Annual report of the Imperial Bacteriologist
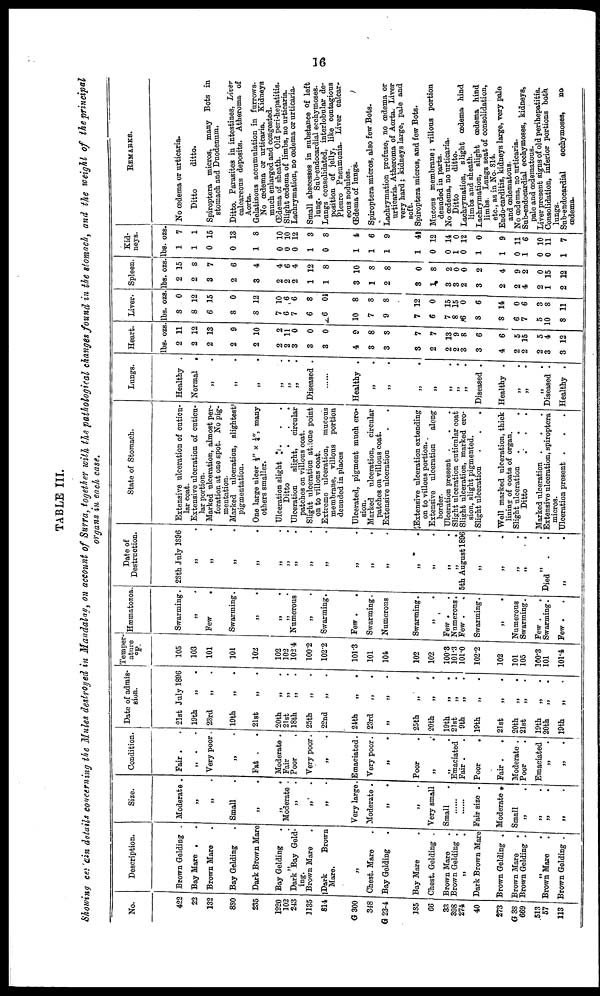
TABLE III.
Showing certain details concerning the Mules destroyed in Mandalay, on account of Surra, together with the pathological changes found in the stomach, and the weight of the principal
organs in each case.
No.
422
22
132
880
235
1220
102
243
1135
814
G 300
348
G 23-4
185
66
33
398
274
40
273
Description.
Brown Gelding .
Bay Mare .
Brown Mare
Bay Gelding
Dark Brown Mare
Bay Gelding
„
Dark Bay Geld-
ing.
Brown Mare
Dark
Brown
Mare.
Size.
Moderate .
„
„
Small
„
„
Moderate .
„
„
„
.
„
Very large.
Chest. Mare
. Moderate .
Bay Gelding
Bay Mare
Chest. Gelding .
Brown Mare
Brown Gelding .
„
Dark Brown Mare
Brown Gelding .
G 38
669
513
57
113
Brown Mare
.
Brown Gelding .
Brown Mare
.
Brown Gelding .
„
„
Very small
Small
......
......
Fair size .
Moderate .
Small
„ .
„ .
„
.
Condition.
Fair .
„
Very poor
„
Fat . .
Moderate .
Fair
Poor
Very poor.
„
Emaciated.
Very poor.
Poor
„
.
„ .
Emaciated
Fair . .
Poor
.
Fair . .
Moderate .
Poor
Emaciated
„ .
„
.
Date of admis-
sion.
21st July 1896
19th
23rd
19th
21st
20th
21st
18th
25th
22nd
24th
23rd
„
25th
20th
19th
21st
9th
19th
21st
20th
21st
19th
20th
19th
„
„
„
.
„ .
„
.
„ .
„ .
„ .
„ .
Temper
ature
°F.
105
103
101
101
102
102
102
102.4
100.2
102.2
„
„
.
„ .
„ .
„ .
„
.
„ .
„
.
„ .
„ .
„
.
„ .
„ .
„ .
„ .
101.3
101
104
102
102
100.3
101.3
101.0
102.2
102
101
105
100.3
101
101.4
Hæmatozoa
Swarming.
„ .
Few .
Swarming.
„ .
„ .
„ .
Numerous
„ .
Swarming.
Few .
.
Swarming.
Numerous
Swarming.
„ .
.
Few .
Numerous.
Few .
Swarming.
„ . „ .
Numerous
Swarming.
Few .
Swarming.
Few . .
Date of
Destruction.
28th July 1896
„
„
.
„ .
„ .
„ .
„ .
„ .
„ .
„ .
„ .
State of Stomach.
Extensive ulceration of cuticu-
lar coat.
Extensive ulceration of cuticu-
lar portion.
Marked ulceration, almost per-
foration at one spot. No pig-
mentation.
Marked ulceration, slightest
pigmentation.
One large uleer ½" × ¼", many
others smaller.
Ulceration slight . .
Ditto
...
Ulceration
slight,
circular
patches on villous coat.
Slight ulceration at: tone point
on to villous coat.
Extreme ulceration, mucous
membrane, villous portion
denuded in places
Ulcerated, pigment much ero.
sion.
Marked ulceration, circular
patches on villous coat.
„
„ .
„ .
„ .
„ .
5th August 1896
„
„ .
„ .
„ .
Extensive ulceration
Extensive ulceration extending
on to villous portion.
Extensive ulceration
along
border.
Ulceration present .
.
Slight ulceration cuticular coat
Slight ulceration, marked ero-
sion, slight pigmented.
Slight ulceration
.
.
.
Well marked ulceration, thick
lining of coats of organ.
Slight ulceration
Ditto
Marked ulceration .
Died
.
. Extensive ulceration, spiroptera
„
.
micros.
Ulceration present .
.
.
Lungs.
Healthy .
Normal .
„ .
„
„ .
„ .
Diseased .
Healthy .
„ .
„ .
„ .
.
Diseased .
Healthy .
„ .
Diseased .
Healthy .
Heart.
lbs.
2
2
2
2
2
2
2
3
3
3
4
3
3
3
2
2
2
3
3
4
2
2
2
3
3
ozs
11
12
13
9
10
2
11
0
0
0
9
8
3
7
Liver.
lbs. ozs
8 0
8 12
6 15
8 0
8 12
7 10
6 6
7 6
6 8
6
0
10 8
7 8
9 8
7 12
7 6 0
13
9
8
6
6
5
15
5
4
12
7 15
8 15
6 0
8 6
8 14
6 0
7 6
5 3
10 8
8 11
Spleen
lbs. ozs
2 15
2 8
3 7
2 6
3 4
2 4
2 6
2 4
1 12
1 8
3 10
1 8
2 8
3 0
1 8
3 2
3 0
2 0
3 2
2 4
2 9
4 2
2 0
1 15
2 12
Kid-
neys.
lbs. ozs.
1 7
1 1
0 15
0 13
1 8
0 10
0 10
0 12
1 3
0 8
1 4
1 6
1 9
1 4
0 12
0 14
1 0
0 12
1 0
1 9
0 11
1 6
0 10
0 11
1 7
REMARKS.
No œdema or urticaria.
Ditto
ditto.
Spiroptera micros, many Bots in
stomach and Duodenum.
Ditto. Parasites in intestines, Liver
calcareous deposits. Atheroma of
Aorta.
Gelatinous accumulation in furrows.
No œdema or urticaria. Kidneys
much enlarged and congested.
Œdema of sheath. Old peri-hepatitis.
Slight œdema of limbs, no urticaria.
Lachrymation, no œdema or urticaria.
Small abscesses in substance of left
lung. Sub-endocardial ecchymoses.
Lungs consolidated, interlobular de-
position of jelly, like contagious
Pleuro Pneumonia. Liver calcar-
eous nodules..
Œdema of lungs.
Spiroptera micros, also fewBots.
Lachrymation profuse, no œdema or
urticaria. Atheroma of Aorta. Liver
very hard; kidneys large, pale and
Spiroptera micros, and few Bots.
Mucous membrane; villous portion
denuded in parts.
No œdema, no urticaria.
Ditto
ditto.
Lachrymation, slight œdema hind
limbs and sheath.
Lachrymation, slight œdema hind
limbs. Lungs seat of consolidation,
etc., as in No. 814.
Endo-carditis, kidneys large, very pale
and œdematous.
No œdema, no urticaria.
Sub-endocardial ecchymoses, kidneys,
pale and œdematous.
Liver present signs of old perihepatitis.
Consolidation, inferior portions both
lungs.
Sub-endocardial
ecchymoses,
no
œdema.